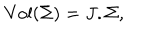
\mathrm { V o l } ( \Sigma ) = J . \Sigma ,